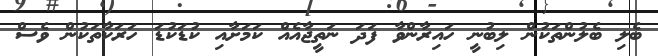
ބެލި ބެލުންތަކުން ލިބުނީ ހައިރާންވާ ފަދަ ނަތީޖާއެއް ކަމަށާއި ކުޑަކުޑަ ހަރަކާތަކުން ވެސް